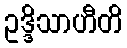
ဥဒ္ဒိသာဟီတိ